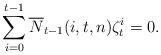
LaTeX: \begin{align*}\sum_{i=0}^{t-1}\overline{N}_{t-1}(i,t,n)\zeta_{t}^{i}=0.\end{align*}